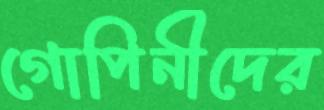
গোপিনীদের